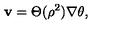
{ \bf v } = \Theta ( { \rho } ^ { 2 } ) \nabla \theta ,